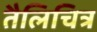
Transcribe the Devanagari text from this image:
तैलिचित्र